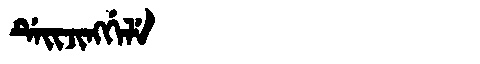
Manchu: ᡩᡝᡳᠵᡳᠩᡤᡝᠯᡝ
Romanization: DEIJINGGELE